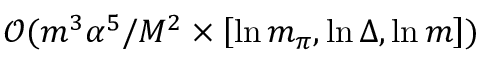
\mathcal { O } ( m ^ { 3 } \alpha ^ { 5 } / M ^ { 2 } \times \left[ \ln m _ { \pi } , \ln \Delta , \ln m \right] )